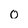
Character: 0